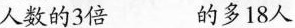
人数的3倍 的多18人